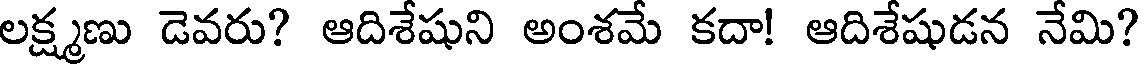
లక్ష్మణు డెవరు? ఆదిశేషుని అంశమే కదా! ఆదిశేషుడన నేమి?